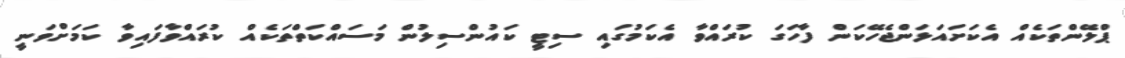
ޕްލޭންތަކެއް އެކަށައަޅަންޖެހޭކަން ފާހަގަ ކުރައްވާ އެކަމުގައި ސިޓީ ކައުންސިލުން މަސައްކަތްތަކެއް ކުރައްވާފައިވާ ކަމަށްވަނީ